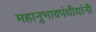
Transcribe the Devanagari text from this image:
महानुभावपंथीयांनी